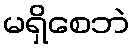
မရှိစေဘဲ